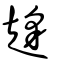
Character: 𧼋